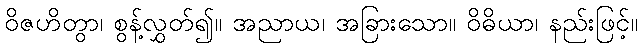
ဝိဇဟိတွာ၊ စွန့်လွှတ်၍။ အညာယ၊ အခြားသော။ ဝိဓိယာ၊ နည်းဖြင့်။